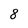
Character: 8